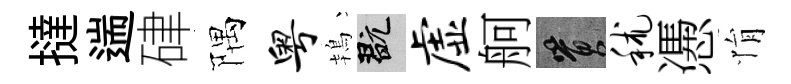
撻遄硉隅粤鴇玩虚舸篔秫慿悁